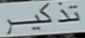
تذکیر